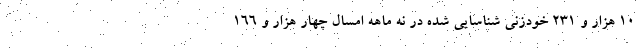
۱۰ هزار و ۲۳۱ خودزنی شناسایی شده در نه ماهه امسال چهار هزار و ۱۶۶